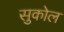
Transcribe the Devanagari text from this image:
सुकोल